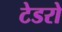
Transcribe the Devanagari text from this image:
टेडरो